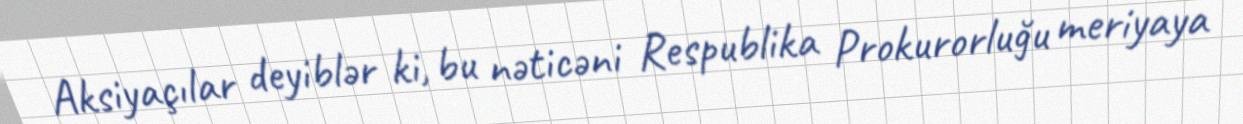
Aksiyaçılar deyiblər ki, bu nəticəni Respublika Prokurorluğu meriyaya